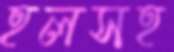
হলসহ